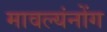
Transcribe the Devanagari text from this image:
मावल्यंनोंग